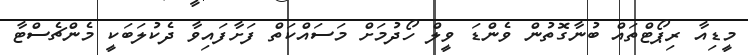
މީޑިއާ ރިޕޯޓްތައް ބުނާގޮތުން ވެންޑަ ވީލް ހޯދުމަށް މަސައްކަތް ފަށާފައިވާ ދެކުލަބަކީ މެންޗެސްޓާ